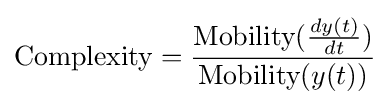
{\text{Complexity}}={\frac {{\text{Mobility}}({\frac {dy(t)}{dt}})}{{\text{Mobility}}(y(t))}}